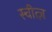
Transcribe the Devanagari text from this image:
स्चीत्ज़